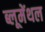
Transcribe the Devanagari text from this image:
ब्लूमेंथल